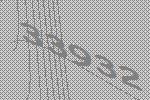
33932